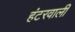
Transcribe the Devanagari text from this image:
हंटरवाली